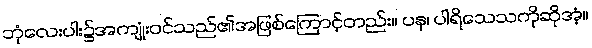
ဘုံလေးပါး၌အကျုံးဝင်သည်၏အဖြစ်ကြောင့်တည်း။ ပန၊ ပါရိသေသကိုဆိုအံ့။